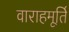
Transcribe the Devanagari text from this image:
वाराहमूर्ति